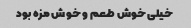
خیلی خوش طعم و خوش مزه بود